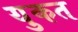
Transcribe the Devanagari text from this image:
युकत